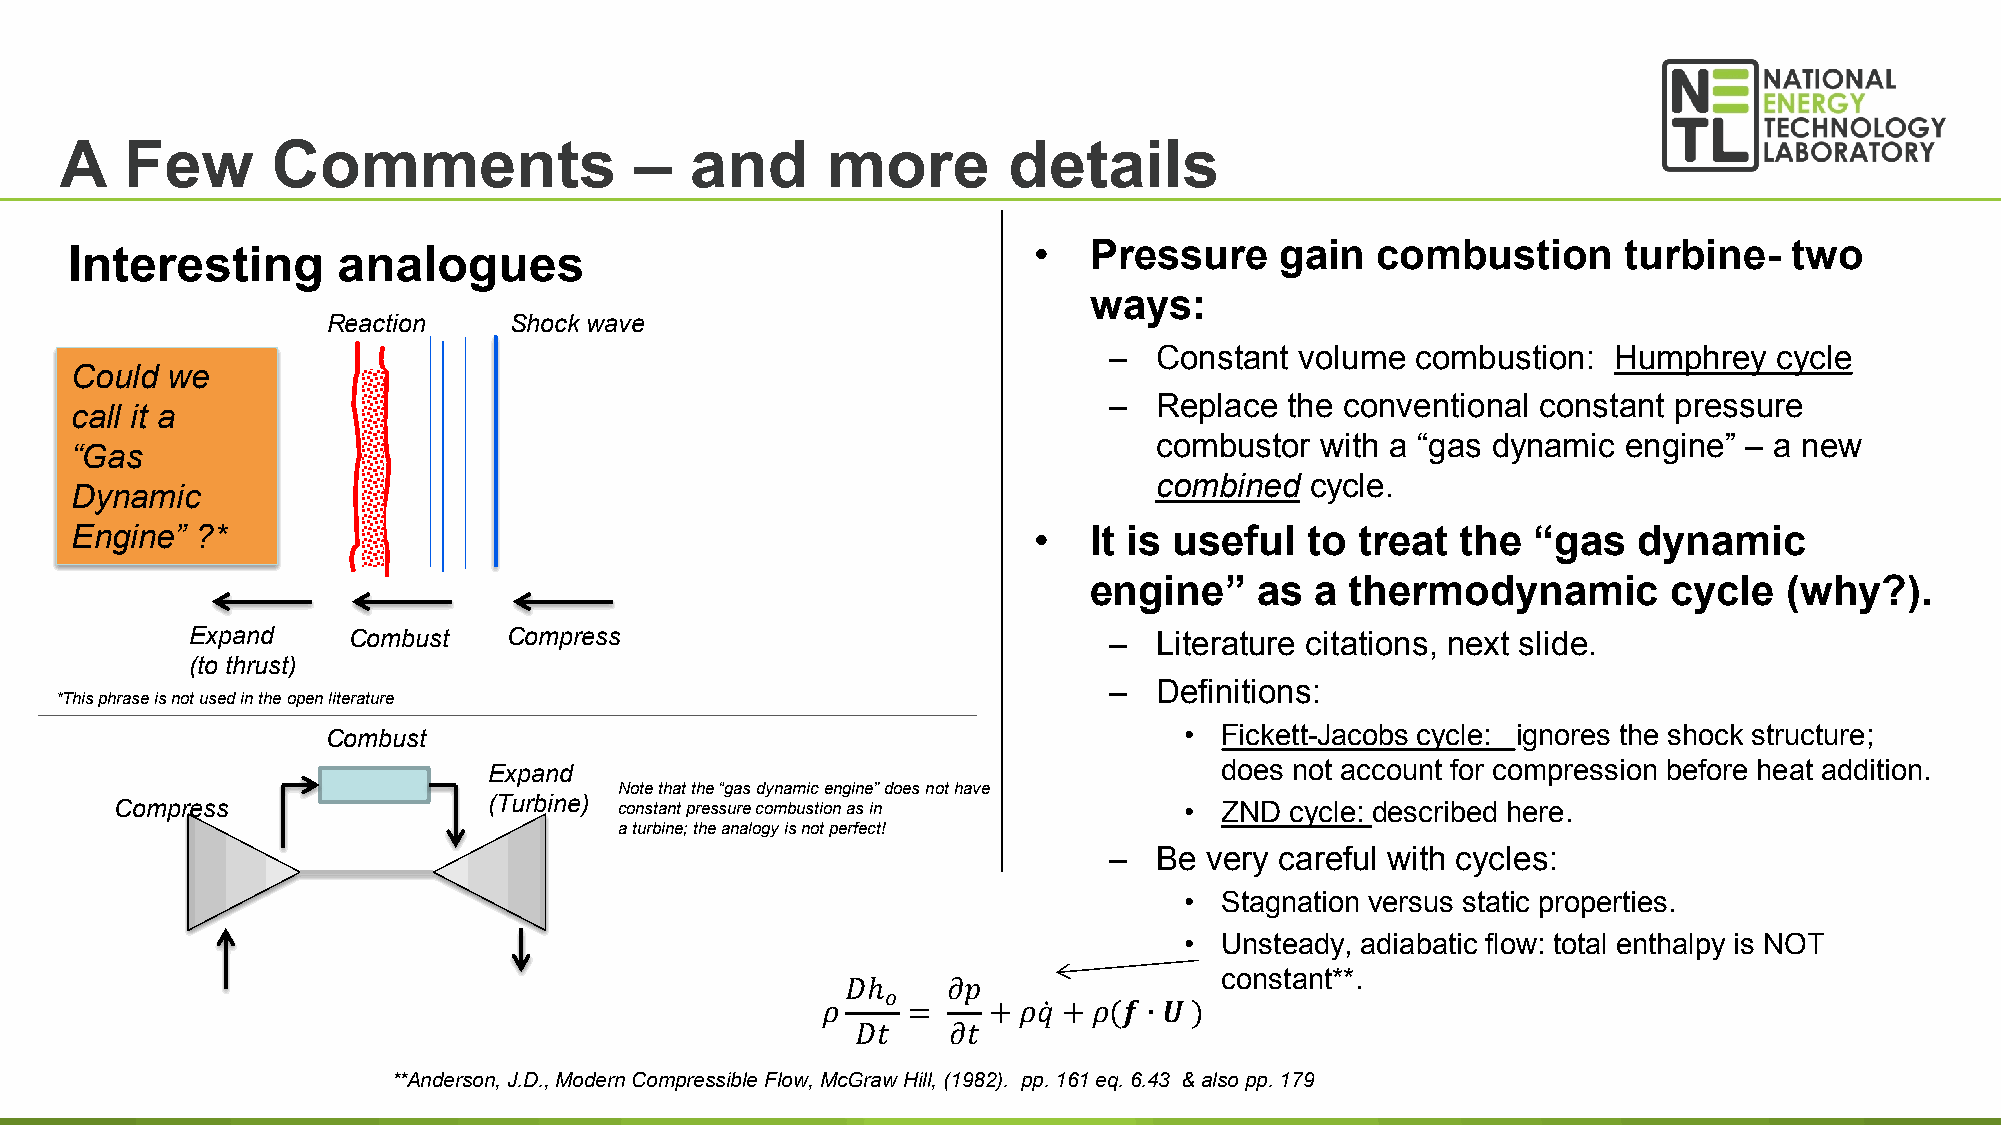
A   Few       Comments                –   and      more        details
 •   Pressure     gain  combustion       turbine-   two
 Interesting       analogues
 ways:
 Reaction    Shock wave
 –  Constant  volume  combustion:  Humphrey   cycle
 Could we
 –  Replace  the conventional constant pressure
 call it a
 combustor  with a “gas dynamic  engine” – a new
 “Gas
 combined   cycle.
 Dynamic
 Engine” ?*                                                     •   It is useful  to  treat  the “gas   dynamic
 engine”    as  a thermodynamic         cycle  (why?).
 Expand     Combust    Compress                               –  Literature citations, next slide.
 (to thrust)
 –  Definitions:
 *This phrase is not used in the open literature
 Combust                                                 •  Fickett-Jacobs cycle: ignores the shock structure;
 Expand                                           does not account for compression before heat addition.
 Note that the “gas dynamic engine” does not have
 Compress                (Turbine) constant pressure combustion as in  •  ZND cycle: described here.
 a turbine; the analogy is not perfect!
 –  Be  very careful with cycles:
 •  Stagnation versus static properties.
 •  Unsteady, adiabatic flow: total enthalpy is NOT
 constant**.
 𝐷𝐷ℎ𝑜𝑜  𝜕𝜕𝜕𝜕
 30
 **Anderson, J.D., Modern Compressible Flow, M𝜌𝜌cGraw H=ill, (1982+). 𝜌𝜌pp𝑞𝑞. ̇1+61 𝜌𝜌eq(.𝒇𝒇 6.∙43𝑼𝑼 & ) also pp. 179
 𝐷𝐷𝐷𝐷  𝜕𝜕𝐷𝐷